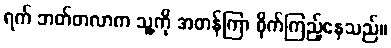
ရက် ဘတ်တလာက သူ့ကို အတန်ကြာ စိုက်ကြည့်နေသည်။